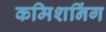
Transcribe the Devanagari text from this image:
कमिशनिंग